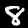
Label: 8